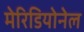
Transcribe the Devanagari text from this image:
मेरिडियोनेल